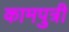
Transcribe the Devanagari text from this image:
कामपुत्री